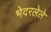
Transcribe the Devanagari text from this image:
भेदरलेले